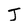
Character: J